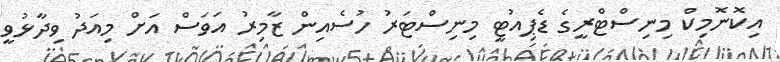
އިކޮނޮމިކް މިނިސްޓްރީގެ ޑެޕިއުޓީ މިނިސްޓަރު ހުސެއިން ޒާމިރު އަވަސް އަށް މިއަދު ވިދާޅުވީ